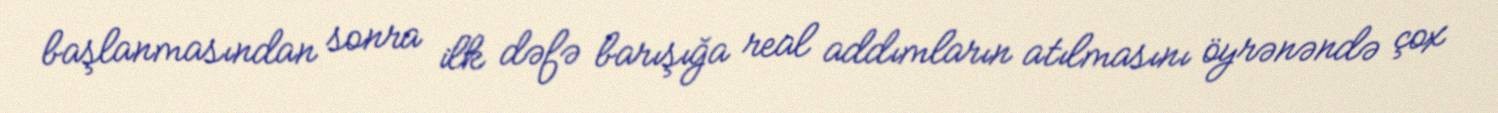
başlanmasından sonra ilk dəfə barışığa real addımların atılmasını öyrənəndə çox